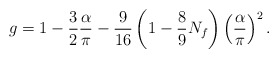
\begin{align*}g = 1 - {3 \over 2} {\alpha \over \pi} - {9 \over 16} \left(1-{8 \over 9} N_f \right) \left( {\alpha \over \pi} \right)^2.\end{align*}